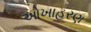
ઓખાહરણ